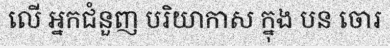
លើ អ្នកជំនួញ បរិយាកាស ក្នុង បន ចោរ